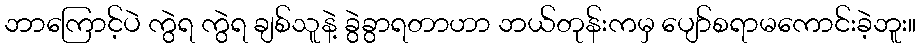
ဘာကြောင့်ပဲ ကွဲရ ကွဲရ ချစ်သူနဲ့ ခွဲခွာရတာဟာ ဘယ်တုန်းကမှ ပျော်စရာမကောင်းခဲ့ဘူး။